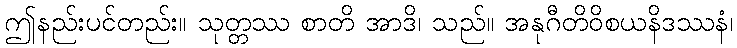
ဤနည်းပင်တည်း။ သုတ္တဿ စာတိ အာဒိ၊ သည်။ အနုဂီတိဝိစယနိဒဿနံ၊